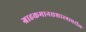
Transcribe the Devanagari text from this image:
ग्राहकमानसशास्त्रावरील